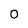
Character: 0